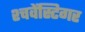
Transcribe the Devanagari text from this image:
श्चवेंस्टिगर